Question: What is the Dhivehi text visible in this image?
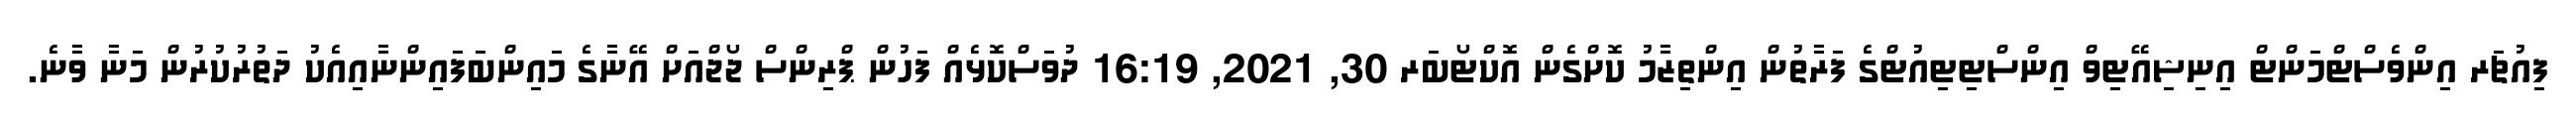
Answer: ފިއުޗަރ އިންވެސްޓްމަންޓް އިނިޝިއޭޓިވް އިންސްޓިޓިއުޓްގެ ފަރާތުން އިންތިޒާމު ކޮށްގެން އޮކްޓޯބަރ 30, 2021, 16:19 ދުވަސްކޮޅެއް ފަހުން ޕްރިންސް ޖޯޖްއަށް އޭނާގެ މައިންބަފައިންނާއިއެކު ދަތުރުކުރުން މަނާ ވާނެ.